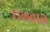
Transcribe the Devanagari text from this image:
छलबाज